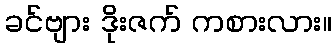
ခင်ဗျား ဒိုးဇက် ကစားလား။